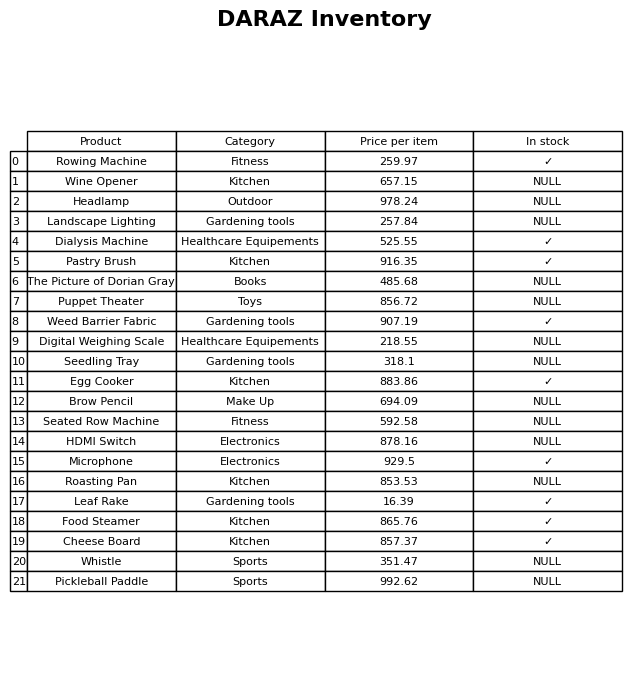
question: What is the price of the Pickleball Paddle?
answer: The price of Pickleball Paddle is 992.62.